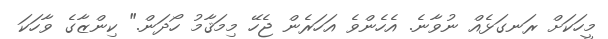
މީހަކަށް ރަނގަޅެއް ނުވާނެ. އެހެންވެ އަހަރެން ޖެހޭ މިމަޤާމު ހޯދަން." ކިންޒާގެ ވާހަކަ